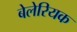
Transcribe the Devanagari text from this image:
बेलेरियक